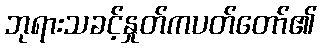
ဘုရားသခင့်နှုတ်ကပတ်တော်၏